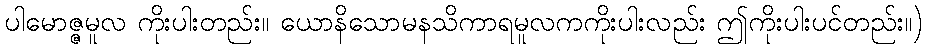
ပါမောဇ္ဇမူလ ကိုးပါးတည်း။ ယောနိသောမနသိကာရမူလကကိုးပါးလည်း ဤကိုးပါးပင်တည်း။)